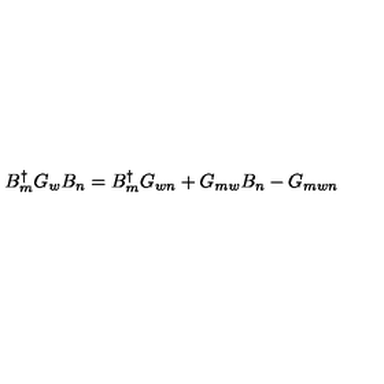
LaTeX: B _ { m } ^ { \dagger } G _ { w } B _ { n } = B _ { m } ^ { \dagger } G _ { w n } + G _ { m w } B _ { n } - G _ { m w n }